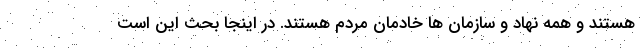
هستند و همه نهاد و سازمان ها خادمان مردم هستند. در اینجا بحث این است